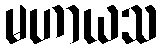
မဟာယသ